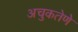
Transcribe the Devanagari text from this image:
अचुकतेणे